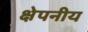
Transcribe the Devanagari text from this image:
क्षेपनीय